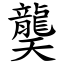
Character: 龑